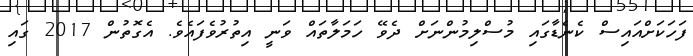
ފަހަކަށްއައިސް ކެނެޑާގައި މުސްލިމުންނަށް ދެވޭ ހަމަލާތައް ވަނީ އިތުރުވެފައެވެ. އެގޮތުން 2017 ގައި